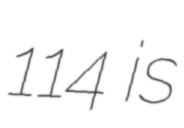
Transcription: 114 is